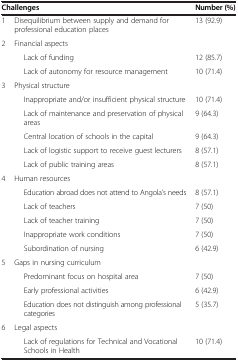
| <COLSPAN=2> Challenges | Number (%) |
 | --- | --- | --- |
 | 1 | Disequilibrium between supply and demand for professional education places | 13 (92.9) |
 | 2 | Financial aspects |  |
 |  | Lack of funding | 12 (85.7) |
 |  | Lack of autonomy for resource management | 10 (71.4) |
 | 3 | Physical structure |  |
 |  | Inappropriate and/or insufficient physical structure | 10 (71.4) |
 |  | Lack of maintenance and preservation of physical areas | 9 (64.3) |
 |  | Central location of schools in the capital | 9 (64.3) |
 |  | Lack of logistic support to receive guest lecturers | 8 (57.1) |
 |  | Lack of public training areas | 8 (57.1) |
 | 4 | Human resources |  |
 |  | Education abroad does not attend to Angola’s needs | 8 (57.1) |
 |  | Lack of teachers | 7 (50) |
 |  | Lack of teacher training | 7 (50) |
 |  | Inappropriate work conditions | 7 (50) |
 |  | Subordination of nursing | 6 (42.9) |
 | 5 | Gaps in nursing curriculum |  |
 |  | Predominant focus on hospital area | 7 (50) |
 |  | Early professional activities | 6 (42.9) |
 |  | Education does not distinguish among professional categories | 5 (35.7) |
 | 6 | Legal aspects |  |
 |  | Lack of regulations for Technical and Vocational Schools in Health | 10 (71.4) |